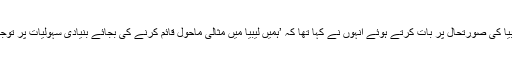
اس موقع پر لیبیا کی صورتحال پر بات کرتے ہوئے انہوں نے کہا تھا کہ ’ہمیں لیبیا میں مثالی ماحول قائم کرنے کی بجائے بنیادی سہولیات پر توجہ دینی چائیے۔